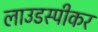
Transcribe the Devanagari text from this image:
लाउडस्‍पीकर